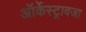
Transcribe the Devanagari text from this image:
ऑर्केस्ट्रावजा